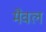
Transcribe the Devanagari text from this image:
मैवल